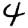
Digit: 4